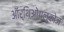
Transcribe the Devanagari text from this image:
ऑर्थिओग्लुकोज